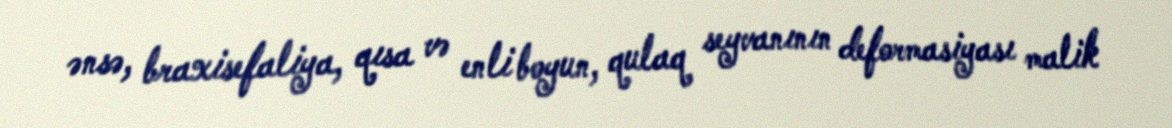
ənsə, braxisefaliya, qısa və enli boyun, qulaq seyvanının deformasiyası malik